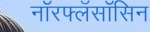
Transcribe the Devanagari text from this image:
नॉरफ्लॅसॉसिन